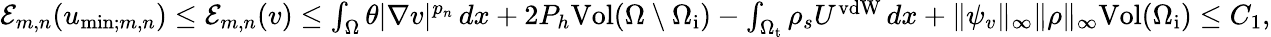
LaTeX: \begin{array}{r}{\mathcal{E}_{m,n}(u_{\mathrm{min};m,n})\leq\mathcal{E}_{m,n}(v)\leq\int_{\Omega}\theta|\nabla v|^{p_{n}}\, dx+2P_{h}\mathrm{Vol}(\Omega\setminus\Omega_{\mathrm{i}})-\int_{\Omega_{\mathrm{t}}}\rho_{s}U^{\mathrm{vdW}}\, dx+\| \psi_{v}\| _{\infty}\| \rho\| _{\infty}\mathrm{Vol}(\Omega_{\mathrm{i}})\leq C_{1},}\end{array}